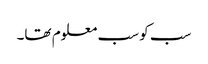
سب کو سب معلوم تھا۔